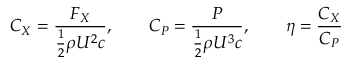
C _ { X } = \frac { F _ { X } } { \frac { 1 } { 2 } \rho U ^ { 2 } c } , \qquad C _ { P } = \frac { P } { \frac { 1 } { 2 } \rho U ^ { 3 } c } , \qquad \eta = \frac { C _ { X } } { C _ { P } }